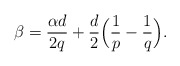
\begin{align*}\beta = \frac{\alpha d}{2q} + \frac{d}{2}\Big(\frac{1}{p}-\frac{1}{q} \Big).\end{align*}